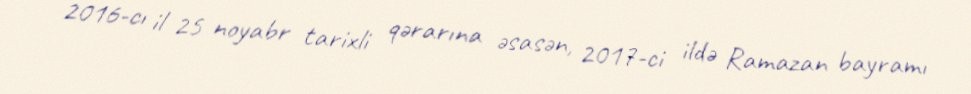
2016-cı il 25 noyabr tarixli qərarına əsasən, 2017-ci ildə Ramazan bayramı